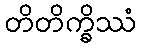
တိတိက္ခိဿံ